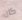
كان